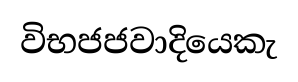
විභජජවාදියෙකැ